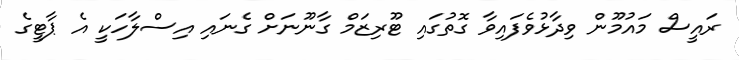
ރައީސް މައުމޫން ވިދާޅުވެފައިވާ ގޮތުގައި ޓޫރިޒަމް ގާނޫނަށް ގެނައި އިސްލާހަކީ އެ ޕާޓީގެ